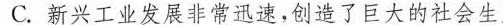
C.新兴工业发展非常迅速，创造了巨大的社会生产力